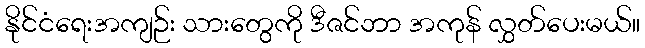
နိုင်ငံရေးအကျဉ်း သားတွေကို ဒီဇင်ဘာ အကုန် လွှတ်ပေးမယ်။